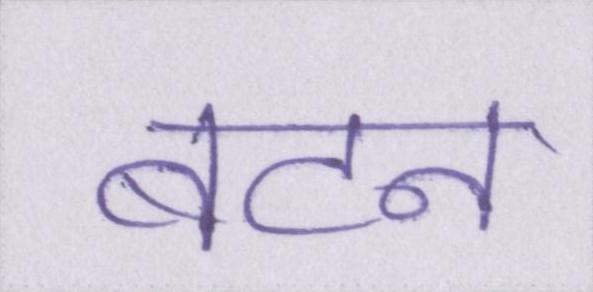
बटन